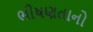
ભીષણતાનો